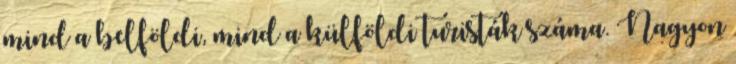
mind a belföldi, mind a külföldi turisták száma. Nagyon